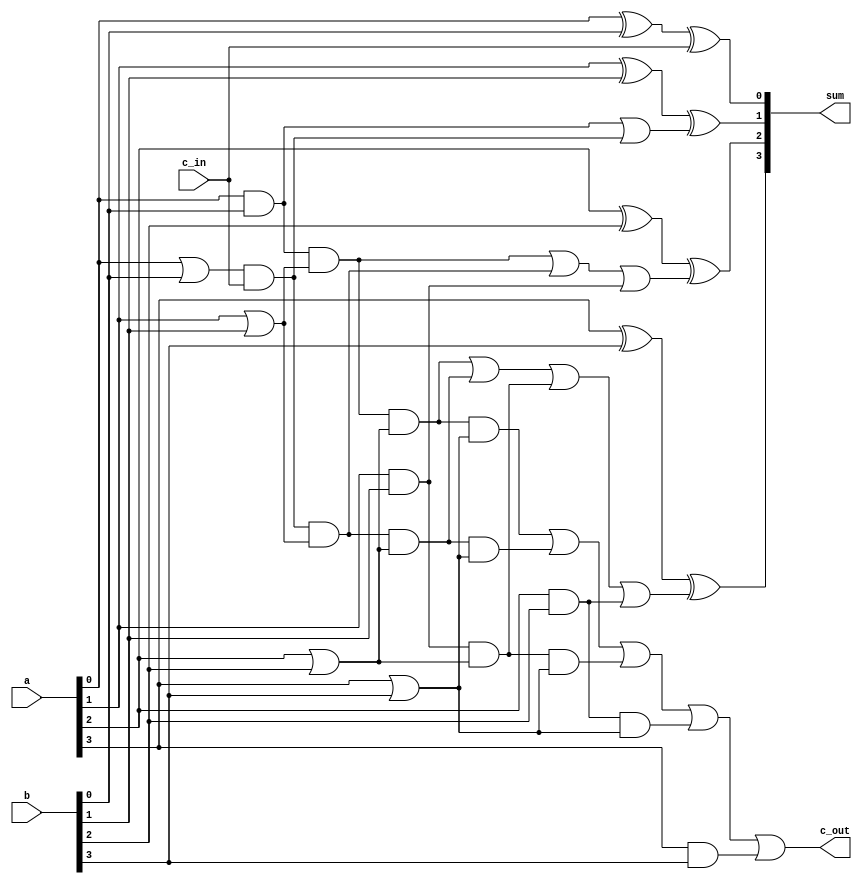
module Butterfly_Mult_CLA4(a,b,c_in,sum,c_out);

//LOCAL VARIABLES
wire [3:0] g,p;
wire [2:0] c;


input [3:0] a,b;
input c_in;
output [3:0] sum;
output c_out;

wire [3:0] a,b;
wire c_in;
wire [3:0] sum;		//CAUTION OUTPUT WIRED!!
wire c_out;		//CAUTION OUTPUT WIRED!!


//CODE SEGMENT
assign  g[3:0] = {a[3]&b[3],a[2]&b[2],a[1]&b[1],a[0]&b[0]} ; 
assign  p[3:0] = {a[3]|b[3],a[2]|b[2],a[1]|b[1],a[0]|b[0]} ;
assign  c[0] = g[0] | (p[0]&c_in);
assign  c[1] = (g[0]&p[1])|(p[0]&c_in&p[1])|g[1];
assign  c[2] = (g[0]&p[1]&p[2])|(p[0]&c_in&p[1]&p[2])|(g[1]&p[2])|g[2];
assign  c_out = (g[0]&p[1]&p[2]&p[3])|(p[0]&c_in&p[1]&p[2]&p[3])|(g[1]&p[2]&p[3])|(g[2]&p[3])|g[3];

assign  sum = {a[3]^b[3]^c[2],a[2]^b[2]^c[1],a[1]^b[1]^c[0],a[0]^b[0]^c_in};

endmodule